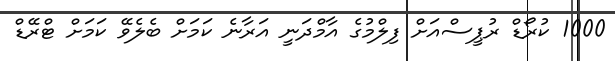
1000 ކުރޯޑް ރުޕީސްއަށް ފިލްމުގެ އާމްދަނީ އަރާނެ ކަމަށް ބެލެވޭ ކަމަށް ޓްރޭޑް